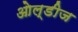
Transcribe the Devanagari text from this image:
ओल्डीज